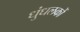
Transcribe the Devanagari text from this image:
धुंधलकों